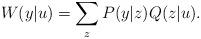
LaTeX: \begin{align*} W(y|u) = \sum_{z} P(y|z)Q(z|u).\end{align*}